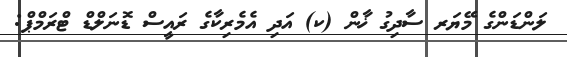
ލަންޑަންގެ މޭޔަރ ސާދިގު ޚާން (ކ) އަދި އެމެރިކާގެ ރައީސް ޑޮނަލްޑް ޓްރަމްޕް: